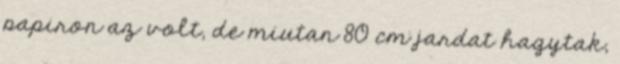
papiron az volt, de miutan 80 cm jardat hagytak,